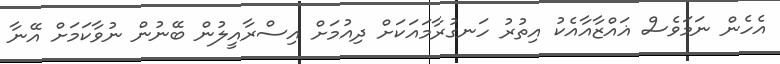
އެހެން ނަމަވެސް ޣައްޒާއާއެކު އިތުރު ހަނގުރާމައަކަށް ދިއުމަށް އިސްރާއީލުން ބޭނުން ނުވާކަމަށް އޭނާ